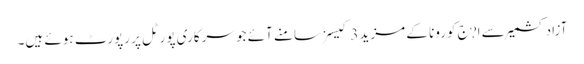
آزاد کشمیر سے ا?ج کورونا کے مزید 3 کیسز سامنے آئے جو سرکاری پورٹل پر رپورٹ ہوئے ہیں۔